Report on enteric fever
Disease focus: Fever
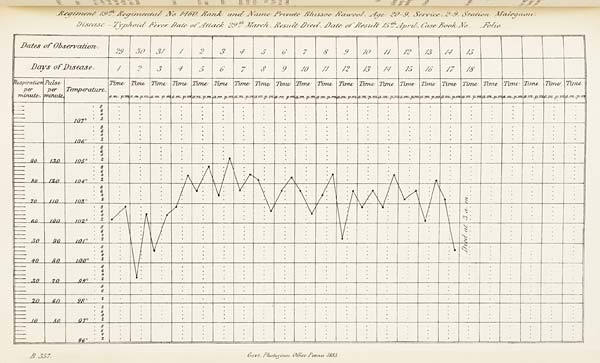
Regiment 19th Regiment No. 1460, Rank and Name Private Bhissoo Rawool, Age 20-9, Service, 2-9, Station Malegaon.
Disease - Typhoid Fever, Date of Attack 29 th March, Result Died, Date of Result 15 th April, Case Book No........, Folio .........
B. 357. Govt. Photozinco: Office, Poona 1883.